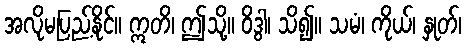
အလိုမပြည့်နိုင်။ ဣတိ၊ ဤသို့။ ဝိဒွါ၊ သိ၍။ သမံ၊ ကိုယ်၊ နှုတ်၊